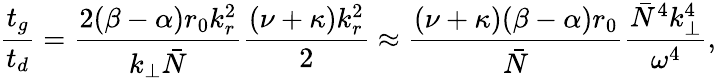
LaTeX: \frac{t_{g}}{t_{d}}=\frac{2(\beta-\alpha)r_{0}k_{r}^{2}}{k_{\perp}\bar{N}}\frac{(\nu+\kappa)k_{r}^{2}}{2}\approx\frac{(\nu+\kappa)(\beta-\alpha)r_{0}}{\bar{N}}\frac{\bar{N}^{4}k_{\perp}^{4}}{\omega^{4}},